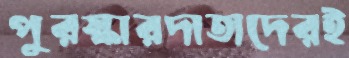
পুরস্কারদাতাদেরই